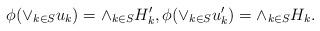
LaTeX: \begin{align*}\phi(\vee_{k\in S} u_k)=\wedge_{k\in S} H'_k, \phi(\vee_{k\in S}u'_k)=\wedge_{k\in S}H_k.\end{align*}